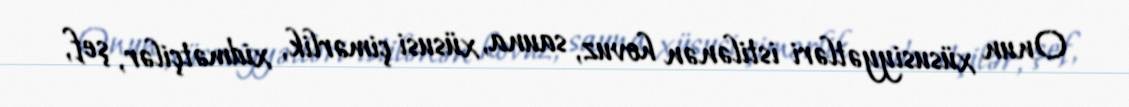
Onun xüsusiyyətləri istilənən hovuz, sauna, xüsusi çimərlik, xidmətçilər, şef,